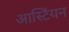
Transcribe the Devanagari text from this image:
आस्टिंयन